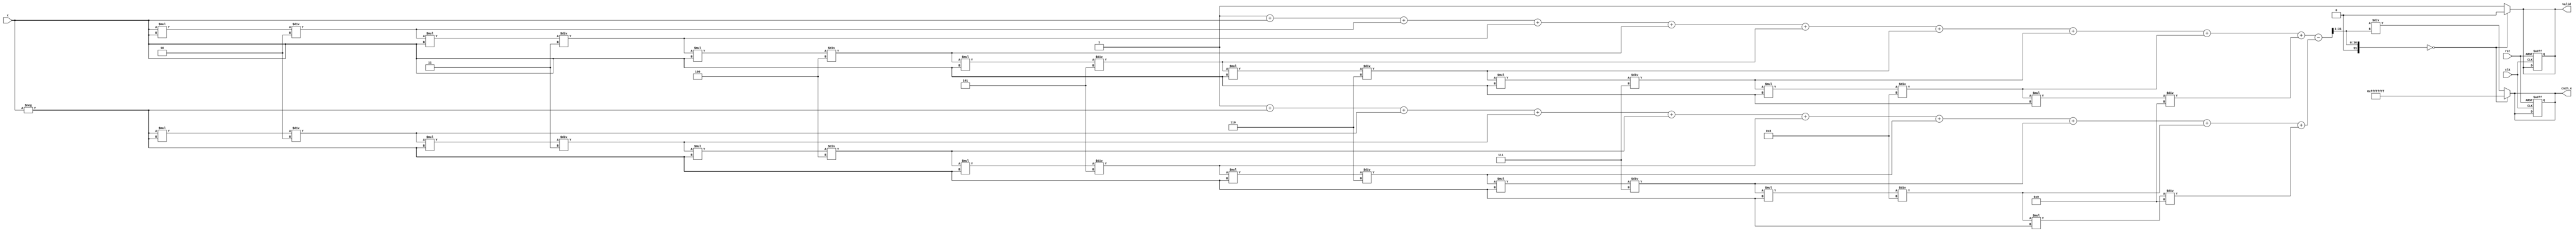
module csch (
    input wire clk,
    input wire rst,
    input wire [31:0] x,       // Input: Floating-point representation of x
    output reg [31:0] csch_x,  // Output: Computed csch(x)
    output reg valid           // Output valid signal
);

    // Parameters for Taylor series approximation
    parameter INTEGER_BITS = 16; // Number of integer bits
    parameter FRACTION_BITS = 16; // Number of fraction bits

    // Internal signals
    wire [31:0] exp_x;
    wire [31:0] exp_neg_x;
    wire [31:0] sinh_x;
    wire [31:0] sinh_x_inv;

    // Exponential Calculation Block for e^x
    function [31:0] exp_function;
        input [31:0] value;
        integer i;
        reg [31:0] term;
        reg [31:0] sum;
        begin
            sum = 32'h00000001; // e^0 = 1
            term = value; // First term is x
            for (i = 1; i < 10; i = i + 1) begin // Taylor series up to 10 terms
                sum = sum + term;
                term = (term * value) / (i + 1); // Update term = term * x^i / i!
            end
            exp_function = sum;
        end
    endfunction

    // Exponential Calculation for e^x
    assign exp_x = exp_function(x);

    // Exponential Calculation for e^(-x)
    assign exp_neg_x = exp_function(-x);

    // Hyperbolic Sine Calculation Block: sinh(x) = (e^x - e^(-x)) / 2
    assign sinh_x = (exp_x - exp_neg_x) >> 1; // Divide by 2

    // Reciprocal Calculation Block: csch(x) = 1 / sinh(x)
    always @(*) begin
        if (sinh_x == 0) begin
            csch_x = 32'hFFFFFFFF; // Infinite representation (for example)
            valid = 1'b0;         // Invalid output
        end else begin
            csch_x = (32'h00000001 << 32) / sinh_x; // 1 / sinh(x)
            valid = 1'b1;         // Valid output
        end
    end

    // Reset and clock handling
    always @(posedge clk or posedge rst) begin
        if (rst) begin
            csch_x <= 32'b0;
            valid <= 1'b0;
        end
    end

endmodule